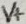
Text: V+